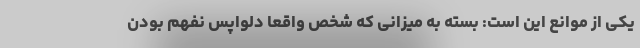
یکی از موانع این است: بسته به میزانی که شخص واقعاً دلواپس نفهم بودن